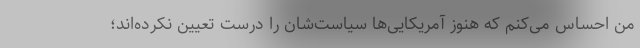
من احساس می‌کنم که هنوز آمریکایی‌ها سیاست‌شان را درست تعیین نکرده‌اند؛